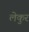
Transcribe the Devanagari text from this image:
लेकुर